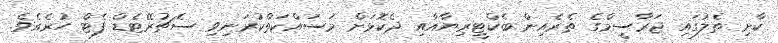
ކާށި ތެލުގައި ޖަރާސީމްގެ ތެރެއިން ބެކްޓީރިޔާއާއި ދެކޮޅަށް މަސައްކަތްކުރަނިވި ސެޗުރޭޓެޑް ފެޓް ހުރެއެވެ.